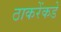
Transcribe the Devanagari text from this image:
ठाकरेंकडे